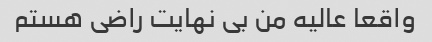
واقعا عالیه من بی نهایت راضی هستم